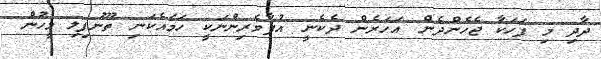
ދާދި މި ފަހަކާ ޖެހެންދެން އަހަރެން ދެކެނީ އުފާވެރިންނަކީ ހަމައެކަނި ތޫނުފިލި މީހުން